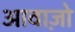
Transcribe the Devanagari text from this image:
आवाज़ो